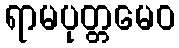
ရာမပုတ္တမေဝ